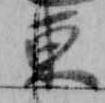
東